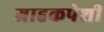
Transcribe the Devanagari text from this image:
ग्राहकपेशी